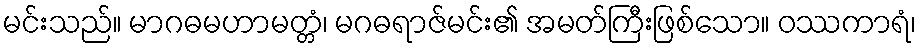
မင်းသည်။ မာဂဓမဟာမတ္တံ၊ မဂဓရာဇ်မင်း၏ အမတ်ကြီးဖြစ်သော။ ဝဿကာရံ၊